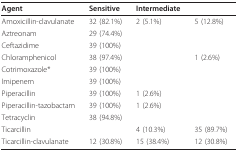
<table><thead><tr><td><b>Agent</b></td><td><b>Sensitive</b></td><td><b>Intermediate</b></td><td>[EMPTY_CELL]</td></tr></thead><tbody><tr><td>Amoxicillin-clavulanate</td><td>32 (82.1%)</td><td>2 (5.1%)</td><td>5 (12.8%)</td></tr><tr><td>Aztreonam</td><td>29 (74.4%)</td><td>[EMPTY_CELL]</td><td>[EMPTY_CELL]</td></tr><tr><td>Ceftazidime</td><td>39 (100%)</td><td>[EMPTY_CELL]</td><td>[EMPTY_CELL]</td></tr><tr><td>Chloramphenicol</td><td>38 (97.4%)</td><td>[EMPTY_CELL]</td><td>1 (2.6%)</td></tr><tr><td>Cotrimoxazole*</td><td>39 (100%)</td><td>[EMPTY_CELL]</td><td>[EMPTY_CELL]</td></tr><tr><td>Imipenem</td><td>39 (100%)</td><td>[EMPTY_CELL]</td><td>[EMPTY_CELL]</td></tr><tr><td>Piperacillin</td><td>39 (100%)</td><td>1 (2.6%)</td><td>[EMPTY_CELL]</td></tr><tr><td>Piperacillin-tazobactam</td><td>39 (100%)</td><td>1 (2.6%)</td><td>[EMPTY_CELL]</td></tr><tr><td>Tetracyclin</td><td>38 (94.8%)</td><td>[EMPTY_CELL]</td><td>[EMPTY_CELL]</td></tr><tr><td>Ticarcillin</td><td>[EMPTY_CELL]</td><td>4 (10.3%)</td><td>35 (89.7%)</td></tr><tr><td>Ticarcillin-clavulanate</td><td>12 (30.8%)</td><td>15 (38.4%)</td><td>12 (30.8%)</td></tr></tbody></table>